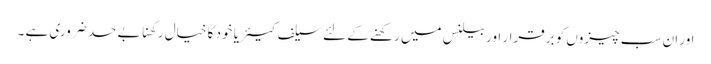
اور ان سب چیزوں کو برقرار اوربیلنس میں رکھنے کے لئے سیلف کیئر یا خود کا خیال رکھنا بے حد ضروری ہے ۔